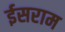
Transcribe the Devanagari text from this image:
ईसराम